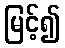
မြင့်၍